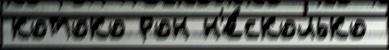
котоко рон н'е́сколько